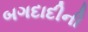
બગદાદીની